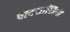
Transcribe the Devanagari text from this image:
वाक्शास्त्रियों